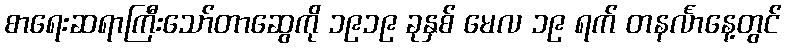
စာရေးဆရာကြီးသော်တာဆွေကို ၁၉၁၉ ခုနှစ် မေလ ၁၉ ရက် တနင်္လာနေ့တွင်